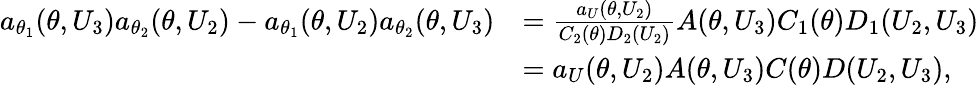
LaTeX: \begin{array}{rl}{a_{\theta_{1}}(\theta,U_{3})a_{\theta_{2}}(\theta,U_{2})-a_{\theta_{1}}(\theta,U_{2})a_{\theta_{2}}(\theta,U_{3})}&{=\frac{a_{U}(\theta,U_{2})}{C_{2}(\theta)D_{2}(U_{2})}A(\theta,U_{3})C_{1}(\theta)D_{1}(U_{2},U_{3})}\\ &{=a_{U}(\theta,U_{2})A(\theta,U_{3})C(\theta)D(U_{2},U_{3}),}\end{array}